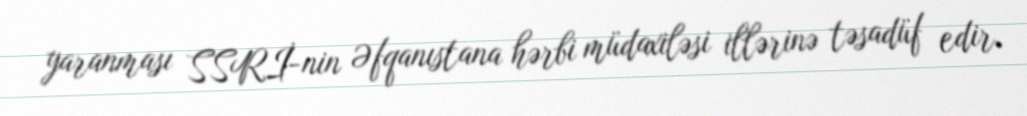
yaranması SSRİ-nin Əfqanıstana hərbi müdaxiləsi illərinə təsadüf edir.